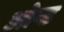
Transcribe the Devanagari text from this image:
ओन्ड